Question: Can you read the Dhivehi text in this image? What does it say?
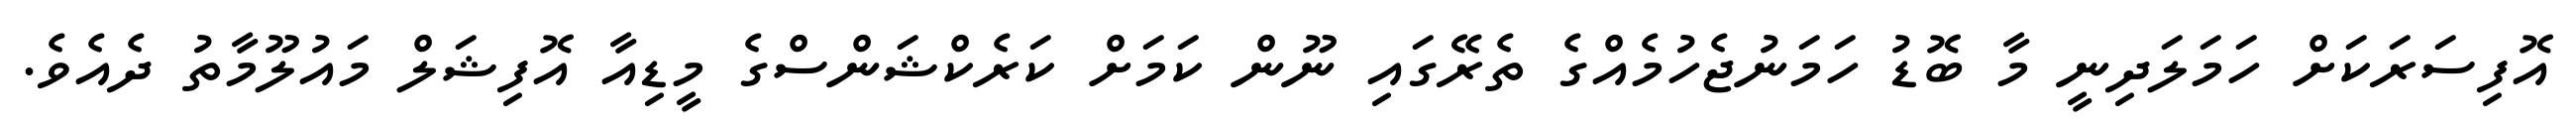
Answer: އޮފިސަރަކަށް ހަމަލަދިނީ މާ ބޮޑު ހަމަނުޖެހުމެއްގެ ތެރޭގައި ނޫން ކަމަށް ކަރެކްޝަންސްގެ މީޑިއާ އޮފިޝަލް މައުލޫމާތު ދެއެވެ.